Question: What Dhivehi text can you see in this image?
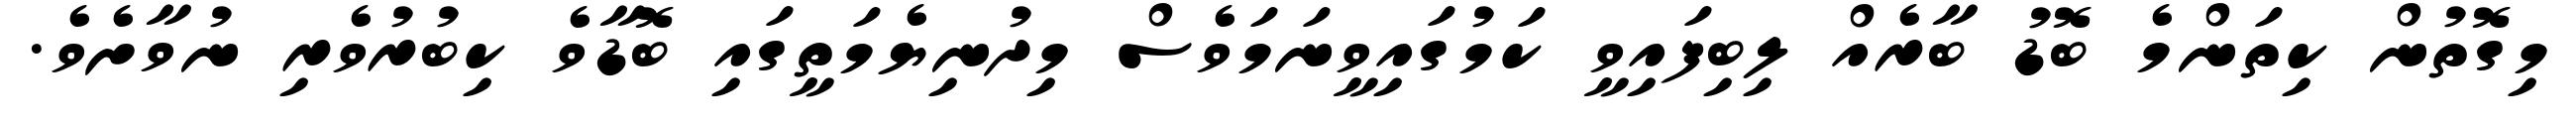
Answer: މިގޮތުން ކިތަންމެ ބޮޑު ބާރެއް ލިބިފައިވީ ކަމުގައިވީނަމަވެސް މިދުނިޔެމަތީގައި ބޮޑާވެ ކިބުރުވެރި ނުވާށެވެ.